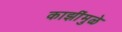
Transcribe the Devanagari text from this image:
काझींमुळे